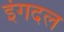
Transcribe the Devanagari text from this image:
इंगदल